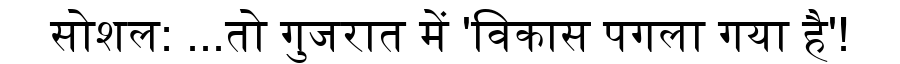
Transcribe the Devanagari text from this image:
सोशल: ...तो गुजरात में 'विकास पगला गया है'!